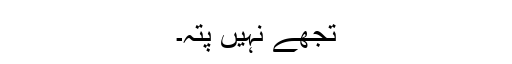
تجھے نہیں پتہ۔